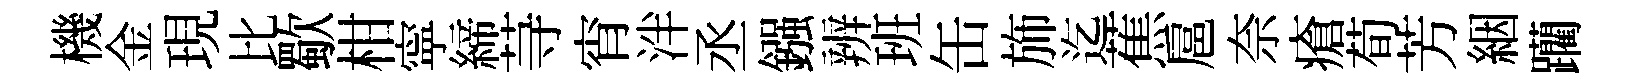
機金現比歜柑寜締䒭宵泮丞鏹辨班缶斾迄蕉扈奈瘡荀芳絪躪